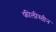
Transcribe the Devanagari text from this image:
फीलीस्तीन